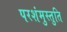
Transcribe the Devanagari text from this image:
परशंमुस्तुति